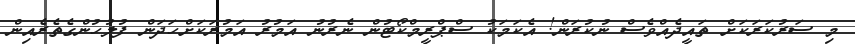
މި ސަރުކަރަކަށް ތައީދެއްވެސް ނުކުރަން! އެކަމަކު ސްޕްރީމްކޯޓުން ނެރުނު އަމުރު އަމުރަކަށްހަދަން ފުލުހުންގެތެރެއިން